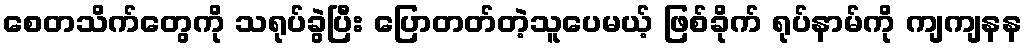
စေတသိက်တွေကို သရုပ်ခွဲပြီး ပြောတတ်တဲ့သူပေမယ့် ဖြစ်ခိုက် ရုပ်နာမ်ကို ကျကျနန